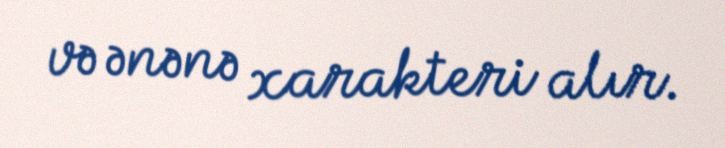
və ənənə xarakteri alır.